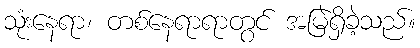
သုံးနေရာ၊ တစ်နေရာရာတွင် အမြဲရှိခဲ့သည်။